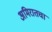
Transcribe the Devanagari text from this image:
अमिरातचा